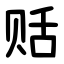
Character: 䞌